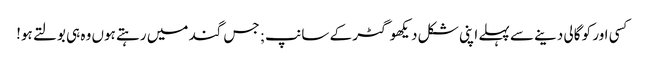
کسی اور کو گالی دینے سے پہلے اپنی شکل دیکھو گٹر کے سانپ; جس گند میں رہتے ہوں وہ ہی بولتے ہو!